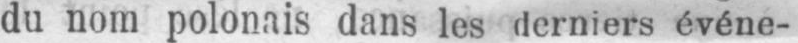
du nom polonais dans les derniers événe-